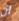
ان